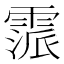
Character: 𩄂